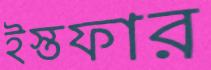
ইস্তফার